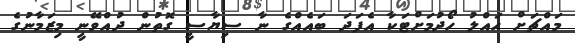
މައްޗަށް ހައްލު ހޯދުމަށްޓަކާ އެފަދަ ބައެއްގެ ނާ ސިޔާސީ ގޮތުން ދުއްވޭނީ މިޒަމާނުގެ